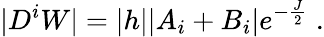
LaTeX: |D^{i}W|=|h||A_{i}+B_{i}|e^{-\frac{J}{2}}\; .